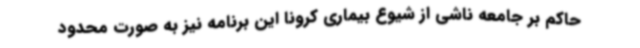
حاکم بر جامعه ناشی از شیوع بیماری کرونا این برنامه نیز به صورت محدود